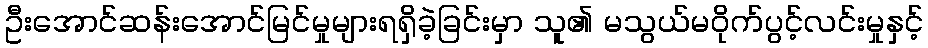
ဦးအောင်ဆန်းအောင်မြင်မှုများရရှိခဲ့ခြင်းမှာ သူ၏ မသွယ်မဝိုက်ပွင့်လင်းမှုနှင့်